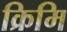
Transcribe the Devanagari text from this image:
क्रिमि